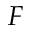
{ \cal F }